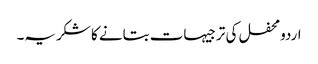
اردومحفل کی ترجیہات بتانے کا شکریہ۔